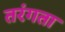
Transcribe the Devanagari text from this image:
तरंगता